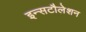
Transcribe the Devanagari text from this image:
इन्सटौलेशन